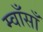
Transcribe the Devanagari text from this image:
म्वाँसाँ